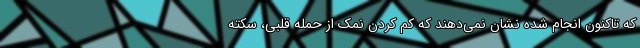
که تاکنون انجام شده نشان نمی‌دهند که کم کردن نمک از حمله قلبی، سکته